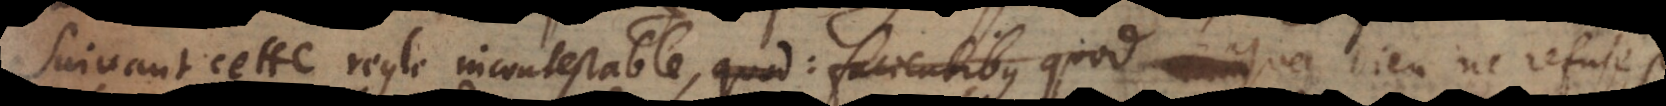
Suivant cette regle incontestable, quod: facientibus quod in se est,